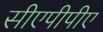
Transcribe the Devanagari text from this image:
सीएपीपीए